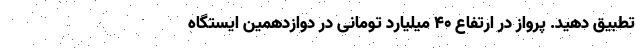
تطبیق دهید. پرواز در ارتفاع 40 میلیارد تومانی در دوازدهمین ایستگاه